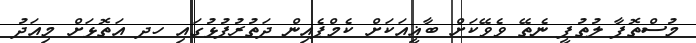
މުސްތޮފާ ލުތުފީ ނެތޭ ވެވޭކަށް ބާޣީއަކަށް ކެމްޕެއިން ދަތުރުފުޅުގައި ހދ އަތޮޅަށް މިއަދު